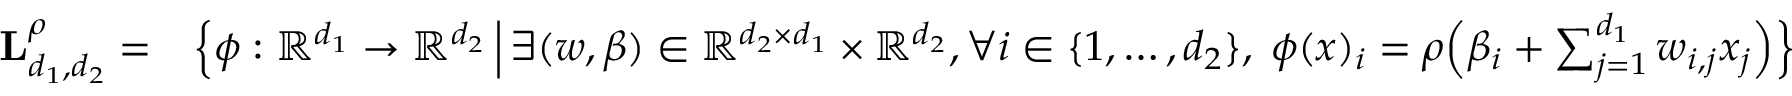
\begin{array} { r l } { \mathbf { L } _ { d _ { 1 } , d _ { 2 } } ^ { \rho } = } & { \Big \{ \phi : \mathbb { R } ^ { d _ { 1 } } \to \mathbb { R } ^ { d _ { 2 } } \, \Big | \, \exists ( w , \beta ) \in \mathbb { R } ^ { d _ { 2 } \times d _ { 1 } } \times \mathbb { R } ^ { d _ { 2 } } , \forall i \in \{ 1 , \dots , d _ { 2 } \} , \; \phi ( x ) _ { i } = \rho \Big ( \beta _ { i } + \sum _ { j = 1 } ^ { d _ { 1 } } w _ { i , j } x _ { j } \Big ) \Big \} } \end{array}